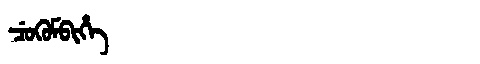
Manchu: ᠴᡠᡴᡠᠮᠪᡳᡥᡝ
Romanization: CUKUMBIHE